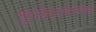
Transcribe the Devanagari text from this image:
तुकडेकरणाच्या